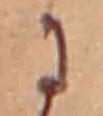
に